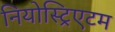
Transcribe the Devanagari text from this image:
नियोस्ट्रिएटम